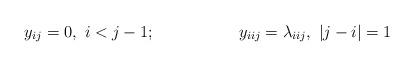
LaTeX: \begin{align*}y_{ij} &= 0, \ i < j - 1; & y_{iij} &= \lambda_{iij}, \ \vert j - i\vert = 1\end{align*}